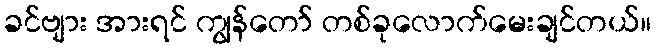
ခင်ဗျား အားရင် ကျွန်တော် တစ်ခုလောက်မေးချင်တယ်။